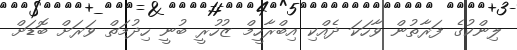
ލިންކުގެ ފަރާތުން ވާހަކަ ދެއްކި އިބްރާހީމް ޒުހުރީ ބުނީ ހިދުމަތް ވަރަށް ބޮޑަށް